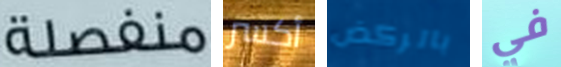
منفصلة أكسر بالركض في